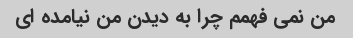
من نمی فهمم چرا به دیدن من نیامده ای